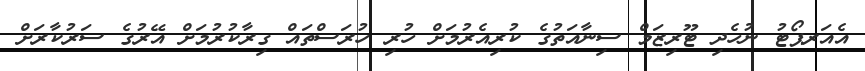
އެއަރޕޯޓު ނުހެދި ޓޫރިޒަމް ސިނާއަތުގެ ކުރިއެރުމަށް ހުރި ހުރަސްތައް ގިރާކުރުމަށް އޭރުގެ ސަރުކާރަށް